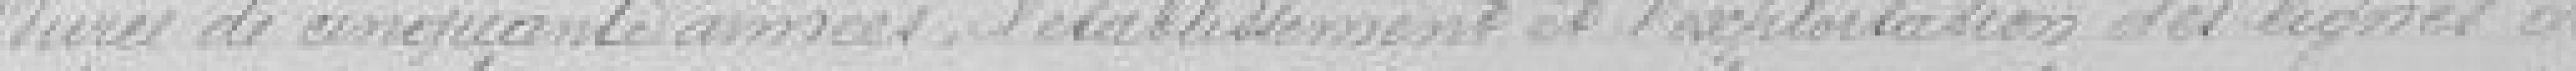
durée de cinquante années, l'établissement et l'exploitation des lignes de